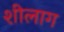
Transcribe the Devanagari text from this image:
शीलाग